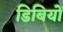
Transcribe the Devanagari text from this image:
डिबियों